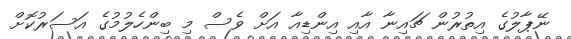
ނޭޕާލުގެ އިތުރުން ޗައިނާ އާއި އިންޑިއާ އަށް ވެސް މި ބިންހެލުމުގެ އަސަރުކޮށް